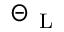
\Theta _ { \mathrm { ~ L ~ } }